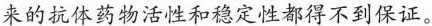
来的抗体药物活性和稳定性都得不到保证。